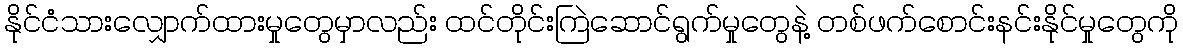
နိုင်ငံသားလျှောက်ထားမှုတွေမှာလည်း ထင်တိုင်းကြဲဆောင်ရွက်မှုတွေနဲ့ တစ်ဖက်စောင်းနင်းနိုင်မှုတွေကို